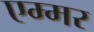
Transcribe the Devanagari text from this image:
एम्मर